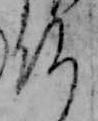
仏